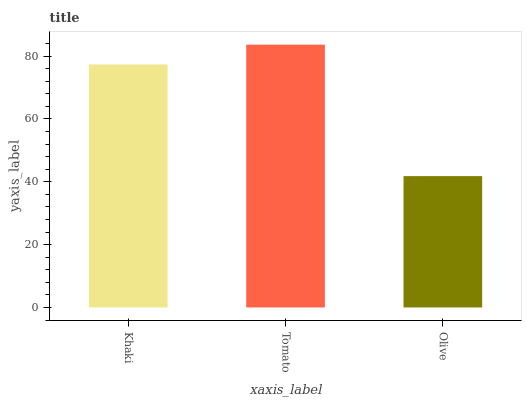
| xaxis_label | bars |
 | --- | --- |
 | Khaki | 77.3 |
 | Tomato | 83.6 |
 | Olive | 41.8 |